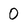
Character: 0